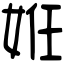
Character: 姙